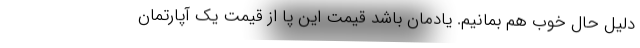
دلیل حال خوب هم بمانیم. یادمان باشد قیمت این پا از قیمت یک آپارتمان